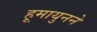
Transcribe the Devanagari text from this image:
हूमायुनने